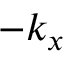
- k _ { x }